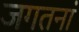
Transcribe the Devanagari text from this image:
जगतनां